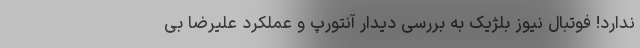
ندارد! فوتبال نیوز بلژیک به بررسی دیدار آنتورپ و عملکرد علیرضا بی